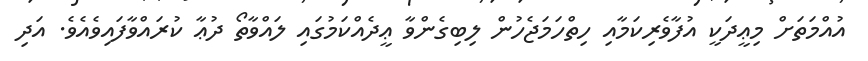
އުއްމަތަށް މިޢީދަކީ އުފާވެރިކަމާއި ހިތްހަމަޖެހުން ލިބިގެންވާ ޢީދެއްކަމުގައި ލައްވާތޯ ދުޢާ ކުރައްވާފައިވެއެވެ. އަދި